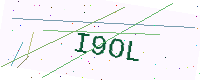
Text: I9OL